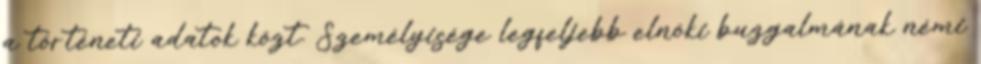
a történeti adatok közt. Személyisége legfeljebb elnöki buzgalmának némi